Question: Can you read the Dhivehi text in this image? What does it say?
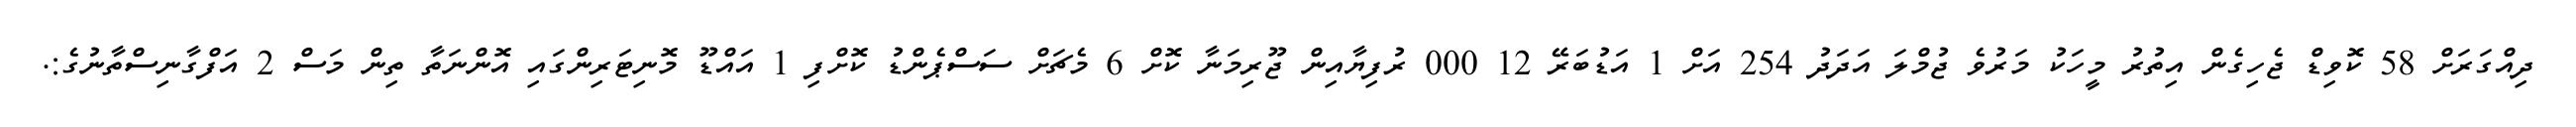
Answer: ދިއްގަރަށް 58 ކޮވިޑް ޖެހިގެން އިތުރު މީހަކު މަރުވެ ޖުމްލަ އަދަދު 254 އަށް 1 އަޑުބަރޭ 12 000 ރުފިޔާއިން ޖޫރިމަނާ ކޮށް 6 މެޗަށް ސަސްޕެންޑު ކޮށްފި 1 އައްޑޫ މޮނިޓަރިންގައި އޮންނަތާ ތިން މަސް 2 އަފްގާނިސްތާނުގެ:.